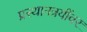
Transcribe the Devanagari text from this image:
प्रस्थानत्रयींवर